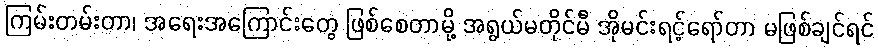
ကြမ်းတမ်းတာ၊ အရေးအကြောင်းတွေ ဖြစ်စေတာမို့ အရွယ်မတိုင်မီ အိုမင်းရင့်ရော်တာ မဖြစ်ချင်ရင်